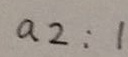
a 2 : 1